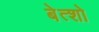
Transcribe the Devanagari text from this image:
बेत्शो